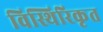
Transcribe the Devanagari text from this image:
विस्थिरिकृत